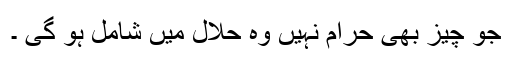
جو چیز بھی حرام نہیں وہ حلال میں شامل ہو گی ۔